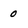
Character: O